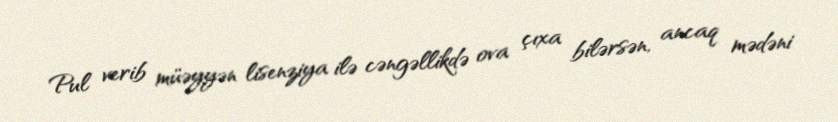
Pul verib müəyyən lisenziya ilə cəngəllikdə ova çıxa bilərsən, ancaq mədəni